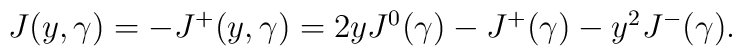
\begin {array}{lcr}J(y,\gamma)=-J^{+}(y,\gamma)=2yJ^{0}(\gamma)-J^{+}(\gamma)-y^{2}J^{-}(\gamma).\end{array}